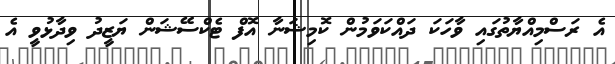
އެ ރަސްމިއްޔާތުގައި ވާހަކަ ދައްކަވަމުން ކޮމިޝަނާ އޮފް ޓެކްސޭޝަން ޔަޒީދު ވިދާޅުވީ އެ